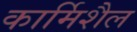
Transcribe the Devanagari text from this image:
कार्मिशैल